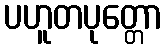
ပဟူတပုတ္တော